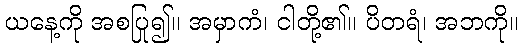
ယနေ့ကို အစပြု၍။ အမှာကံ၊ ငါတို့၏။ ပိတရံ၊ အဘကို။